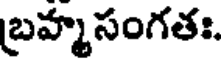
బ్రహ్మసంగతః.